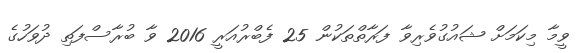
ވީމާ މިކަމަށް ޝައުގުވެރިވާ ފަރާތްތަކުން 25 ފެބްރުއަރީ 2016 ވާ ބުރާސްފަތި ދުވަހުގެ